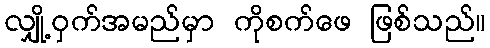
လျှို့ဝှက်အမည်မှာ ကိုစက်ဖေ ဖြစ်သည်။